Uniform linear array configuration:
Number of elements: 64
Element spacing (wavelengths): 0.75
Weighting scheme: hamming
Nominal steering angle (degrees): -15
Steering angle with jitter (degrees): -15.241
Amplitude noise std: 0.05
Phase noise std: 0.05

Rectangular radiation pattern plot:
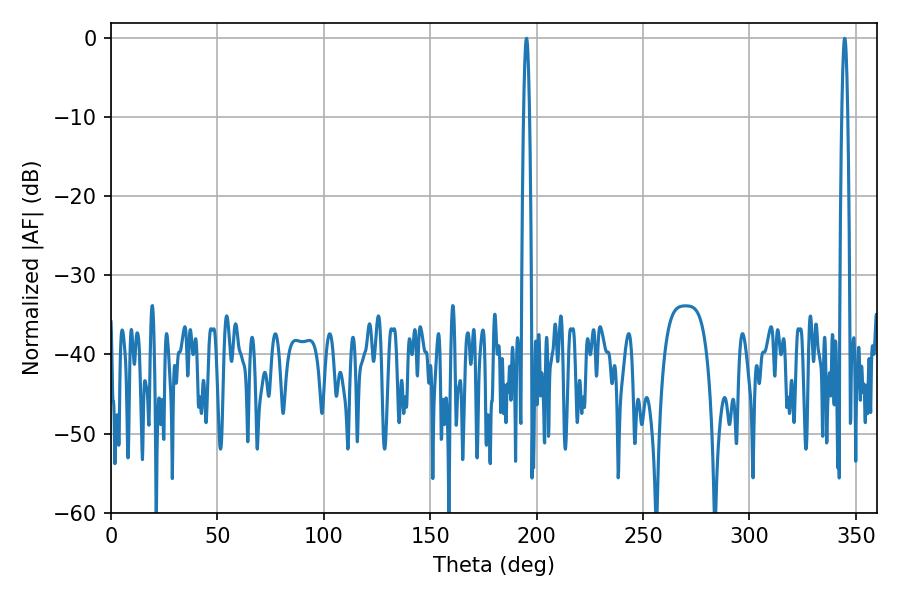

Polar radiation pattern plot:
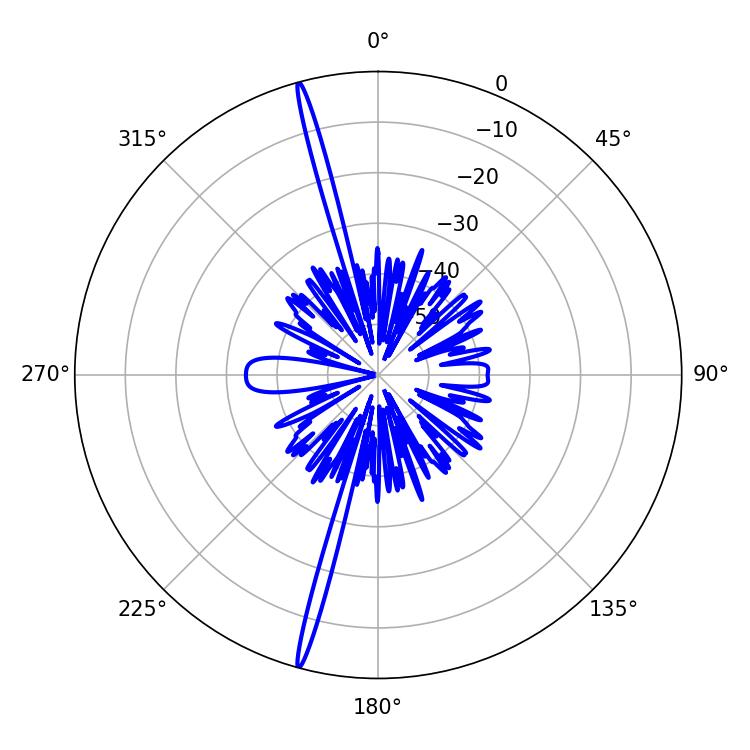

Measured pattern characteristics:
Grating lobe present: TRUE
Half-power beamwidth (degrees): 1.44
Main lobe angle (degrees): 344.7